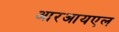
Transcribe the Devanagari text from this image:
आरआयएल